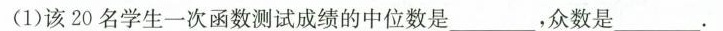
(1)该20名学生一次函数测试成绩的中位数是___，众数是___.